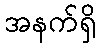
အနက်ရှိ